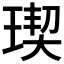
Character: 𤧃